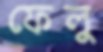
ফেলু